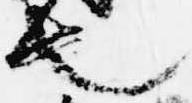
也